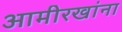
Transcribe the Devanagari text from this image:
आमीरखांना